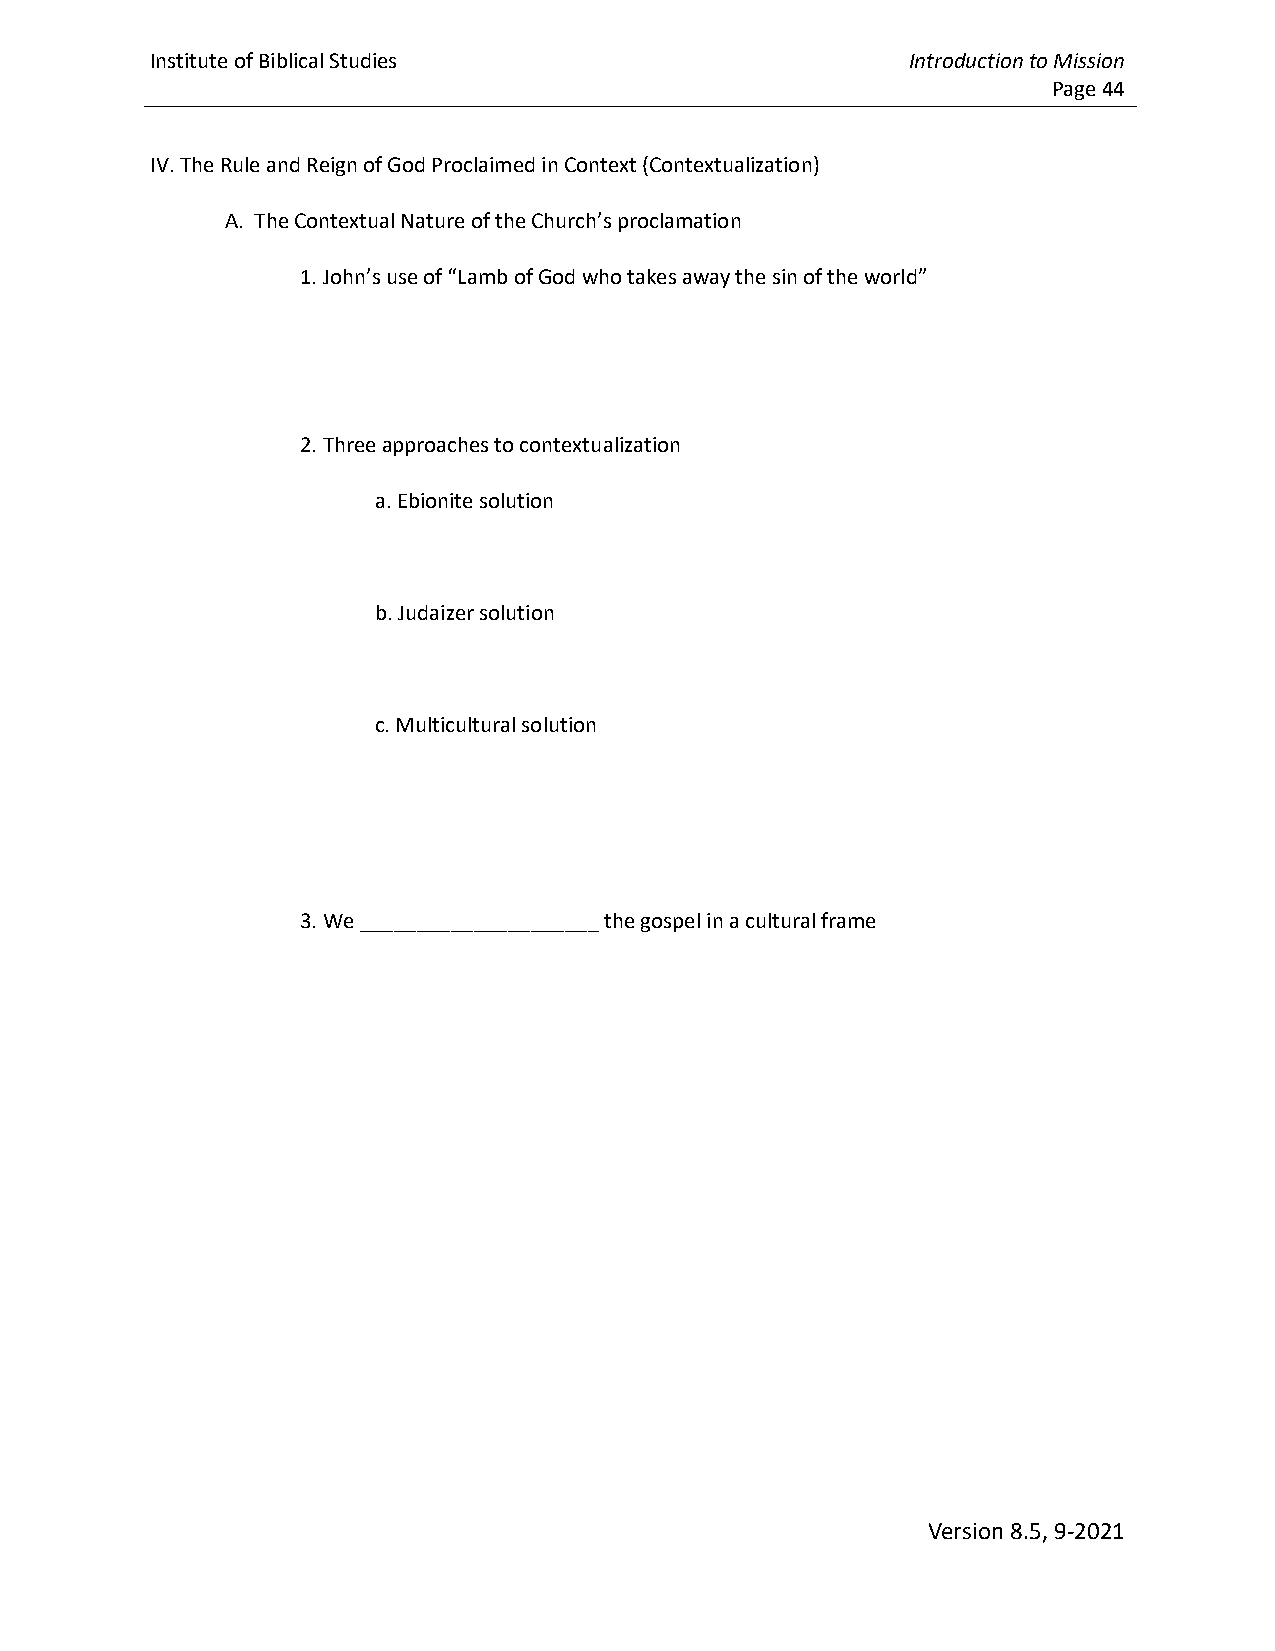
Institute of Biblical Studies                     Introduction to Mission
 Page 44
 IV. The Rule and Reign of God Proclaimed in Context (Contextualization)
 A. The Contextual Nature of the Church’s proclamation
 1. John’s use of “Lamb of God who takes away the sin of the world”
 2. Three approaches to contextualization
 a. Ebionite solution
 b. Judaizer solution
 c. Multicultural solution
 3. We _____________________ the gospel in a cultural frame
 Version 8.5, 9-2021